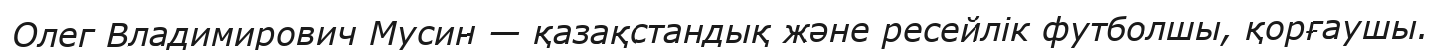
Олег Владимирович Мусин — қазақстандық және ресейлік футболшы, қорғаушы.